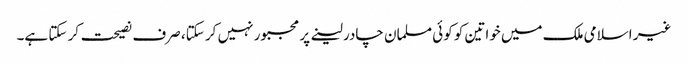
غیر اسلامی ملک میں خواتین کو کوئی مسلمان چادر لینے پر مجبور نہیں کر سکتا، صرف نصیحت کر سکتا ہے۔